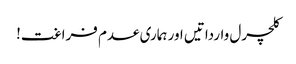
کلچرل وارداتیں اور ہماری عدم فراغت!